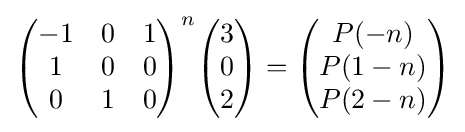
{\begin{pmatrix}-1&0&1\\1&0&0\\0&1&0\end{pmatrix}}^{n}{\begin{pmatrix}3\\0\\2\end{pmatrix}}={\begin{pmatrix}P(-n)\\P(1-n)\\P(2-n)\end{pmatrix}}